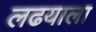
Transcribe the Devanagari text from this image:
लढयाला